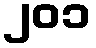
၂၀၁